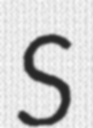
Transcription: S